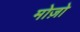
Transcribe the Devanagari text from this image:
मोज़ो